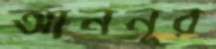
আননূর